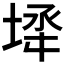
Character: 𡍅